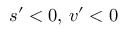
{ s } ^ { \prime } < 0 , \, { v } ^ { \prime } < 0